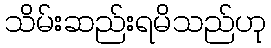
သိမ်းဆည်းရမိသည်ဟု